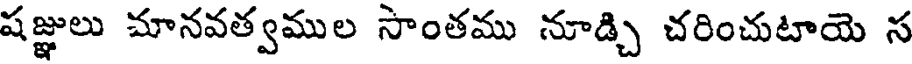
షజ్ఞులు మానవత్వముల సాంతము నూడ్చి చరించుటాయె స